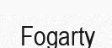
Fogarty